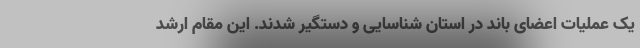
یک عملیات اعضای باند در استان شناسایی و دستگیر شدند. این مقام ارشد